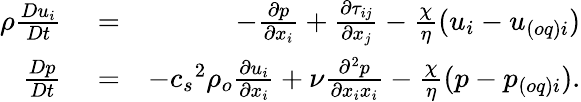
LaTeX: \begin{array}{rlr}{\rho\frac{Du_{i}}{Dt}}&{{}=}&{-\frac{\partial p}{\partial x_{i}}+\frac{\partial\tau_{ij}}{\partial x_{j}}-\frac{\chi}{\eta}({u}_{i}-u_{(oq)i})}\\ {\frac{Dp}{Dt}}&{{}=}&{-{c_{s}}^{2}\rho_{o}\frac{\partial u_{i}}{\partial x_{i}}+\nu\frac{\partial^{2}p}{\partial x_{i}x_{i}}-\frac{\chi}{\eta}({p-p_{(oq)i}}).}\end{array}